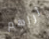
أراهم